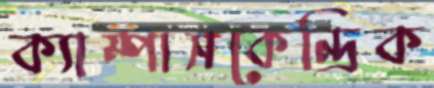
ক্যাম্পাসকেন্দ্রিক